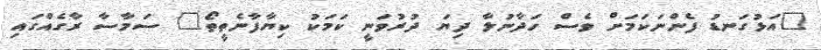
"އަޅުގަނޑު ފެންނަކަމަށް ވެސް ހަދާނުލާ ދިޔަ ދުރުވަނީ ކަމަކު ކިޔާފާނެތީތޯ" ސަމާސާ ރާގެއްގައި